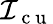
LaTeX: \mathcal{I}_{\mathrm{~c~u~}}